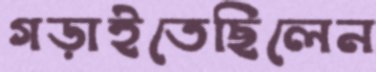
গড়াইতেছিলেন